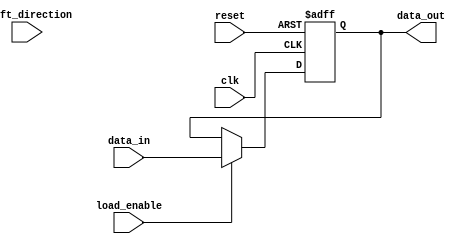
module LogarithmicShiftRegister #(
    parameter WIDTH = 8 // Configurable width (8, 16, 32, etc.)
)(
    input wire clk,                  // Clock signal
    input wire reset,                // Reset signal
    input wire load_enable,          // Load enable signal
    input wire shift_direction,      // Shift direction (0 = left, 1 = right)
    input wire [WIDTH-1:0] data_in,  // Data input for parallel load
    output reg [WIDTH-1:0] data_out  // Data output
);

    // Internal signal for logarithmic arithmetic operation
    reg [WIDTH-1:0] log_result;

    // Logarithmic arithmetic operation (placeholder)
    function [WIDTH-1:0] logarithmic_operation;
        input [WIDTH-1:0] value;
        begin
            // Implement your logarithmic operation here
            // For example, a simple scaling could be added
            logarithmic_operation = value; // Placeholder
        end
    endfunction

    always @(posedge clk or posedge reset) begin
        if (reset) begin
            data_out <= 0; // Clear the register on reset
        end else if (load_enable) begin
            data_out <= data_in; // Load new data
        end else begin
            if (shift_direction == 1'b0) begin
                // Left Shift
                data_out <= {data_out[WIDTH-2:0], 1'b0}; // Shift left with LSB as 0
            end else begin
                // Right Shift
                data_out <= {1'b0, data_out[WIDTH-1:1]}; // Shift right with MSB as 0
            end
            
            // Perform logarithmic operation on shifted data
            log_result = logarithmic_operation(data_out);
            data_out <= log_result; // Update output with logarithmic result
        end
    end

endmodule